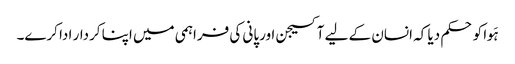
ہَوا کو حکم دیا کہ انسان کے لیے آکسیجن اورپانی کی فراہمی میں اپنا کردار ادا کرے۔